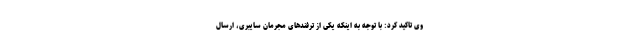
وی تاکید کرد: با توجه به اینکه یکی از ترفندهای مجرمان سایبری، ارسال